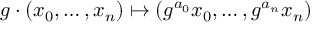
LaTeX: g \cdot ( x _ { 0 } , \ldots , x _ { n } ) \mapsto ( g ^ { a _ { 0 } } x _ { 0 } , \ldots , g ^ { a _ { n } } x _ { n } )